Civil Veterinary Dept. North-West Frontier Province 1933-46 - 1933-1946
Year: 1933
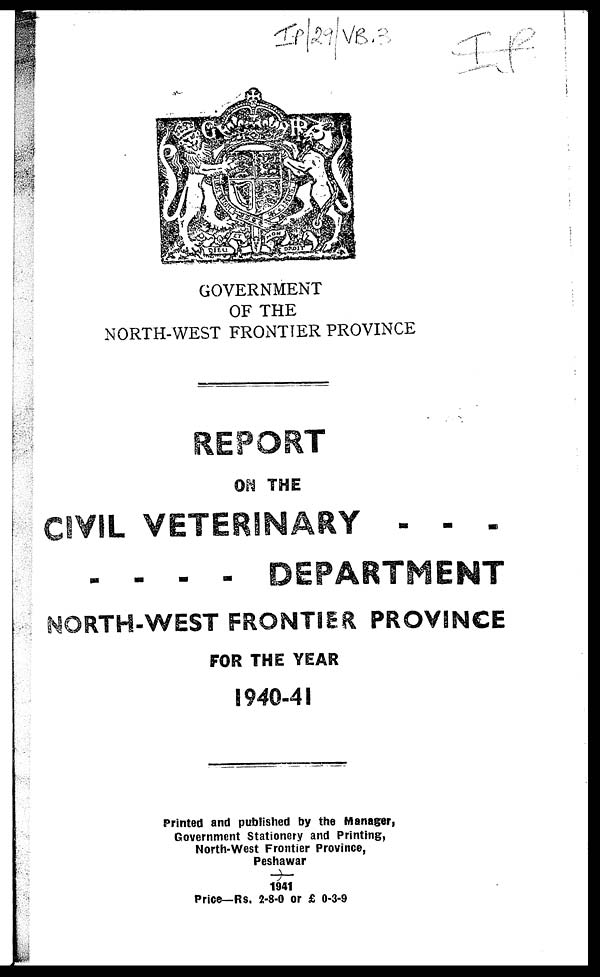
GOVERNMENT
OF THE
NORTH-WEST FRONTIER PROVINCE
REPORT
ON THE
CIVIL VETERINARY - - -
- - - - DEPARTMENT
NORTH-WEST FRONTIER PROVINCE
FOR THE YEAR
1940-41
Printed and published by the Manager,
Government Stationery and Printing,
North-West Frontier Province,
Peshawar
1941
Price—Rs. 2-8-0 or £ 0-3-9